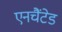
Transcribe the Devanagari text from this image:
एनचैंटेड